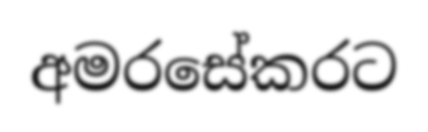
අමරසේකරට